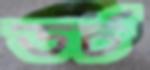
ডর্চ